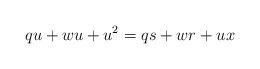
LaTeX: \begin{align*}qu + wu + u^2 &= qs + wr + ux\end{align*}